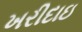
ખરીદાઇ